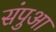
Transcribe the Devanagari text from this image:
संपुआ